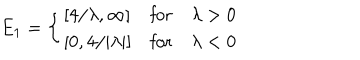
LaTeX: E _ { 1 } = \left\{ \begin{array} { l l l } { { \left[ 4 / \lambda , \infty \right] } } & { { \mathrm { f o r } } } & { { \lambda > 0 } } \\ { { \left[ 0 , 4 / | \lambda | \right] } } & { { \mathrm { f o r } } } & { { \lambda < 0 } } \\ \end{array} \right.